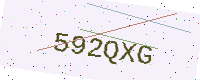
Text: 592QXG